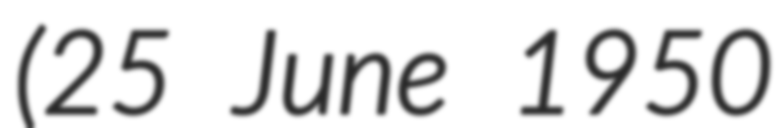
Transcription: (25 June 1950